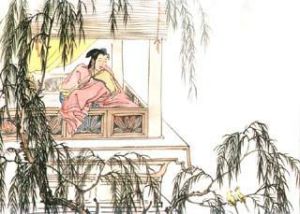
关山别荡子，风月守空闺。